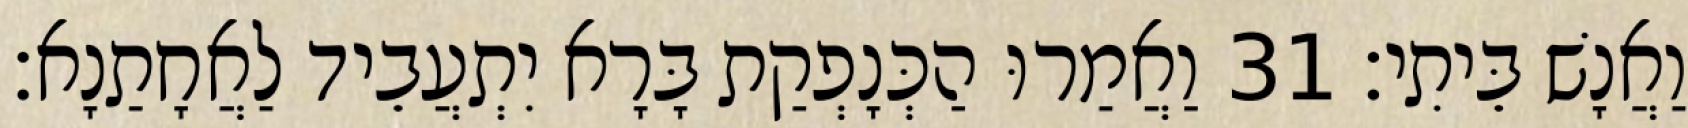
וַאֲנָשׁ בֵּיתִי׃ 31 וַאֲמַרוּ הַכְּנָפְקַת בָּרָא יִתְעֲבֵיד לַאֲחָתַנָא׃